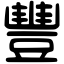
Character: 豐